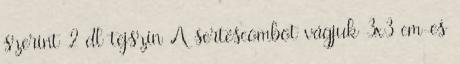
szerint 2 dl tejszín A sertéscombot vágjuk 3x3 cm-es